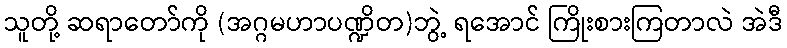
သူတို့ ဆရာတော်ကို (အဂ္ဂမဟာပဏ္ဍိတ)ဘွဲ့ ရအောင် ကြိုးစားကြတာလဲ အဲဒီ